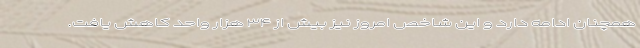
همچنان ادامه دارد و این شاخص امروز نیز بیش از ۳۴ هزار واحد کاهش یافت.